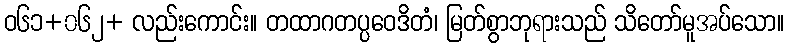
ဝ၆၁+၀၆၂+ လည်းကောင်း။ တထာဂတပ္ပဝေဒိတံ၊ မြတ်စွာဘုရားသည် သိတော်မူအပ်သော။